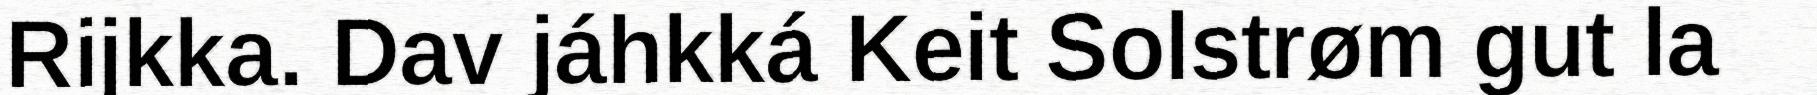
Rijkka. Dav jáhkká Keit Solstrøm gut la